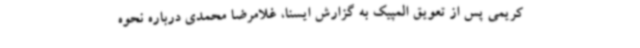
کریمی پس از تعویق المپیک به گزارش ایسنا، غلامرضا محمدی درباره نحوه